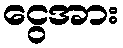
ငွေအား